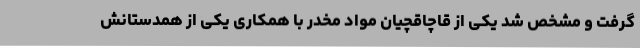
گرفت و مشخص شد یکی از قاچاقچیان مواد مخدر با همکاری یکی از همدستانش